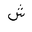
Letter: _shin